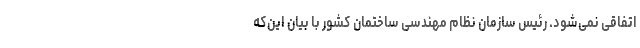
اتفاقی نمی‌شود. رئیس سازمان نظام مهندسی ساختمان کشور با بیان این‌که